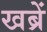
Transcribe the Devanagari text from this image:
खब्रें